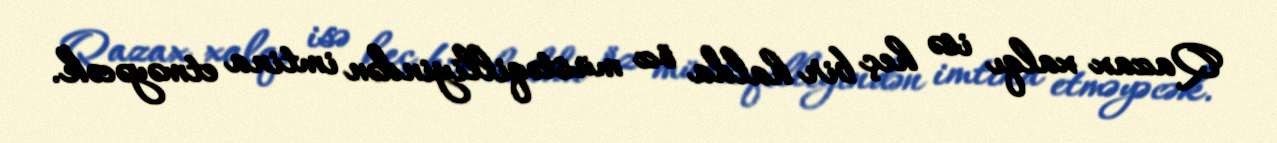
Qazax xalqı isə heç bir halda öz müstəqilliyindən imtina etməyəcək.